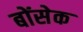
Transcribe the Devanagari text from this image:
बोंसेक